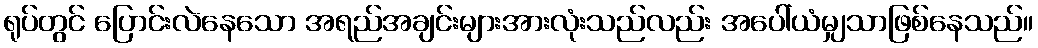
ရုပ်တွင် ပြောင်းလဲနေသော အရည်အချင်းများအားလုံးသည်လည်း အပေါ်ယံမျှသာဖြစ်နေသည်။